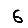
Digit: 6